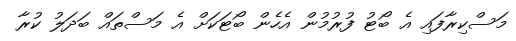
މަސްކިރާފައި އެ ބޯޓު ފުރުމުން އެހެން ބޯޓަކަށް އެ މަސްތައް ބަދަލު ކުރާ